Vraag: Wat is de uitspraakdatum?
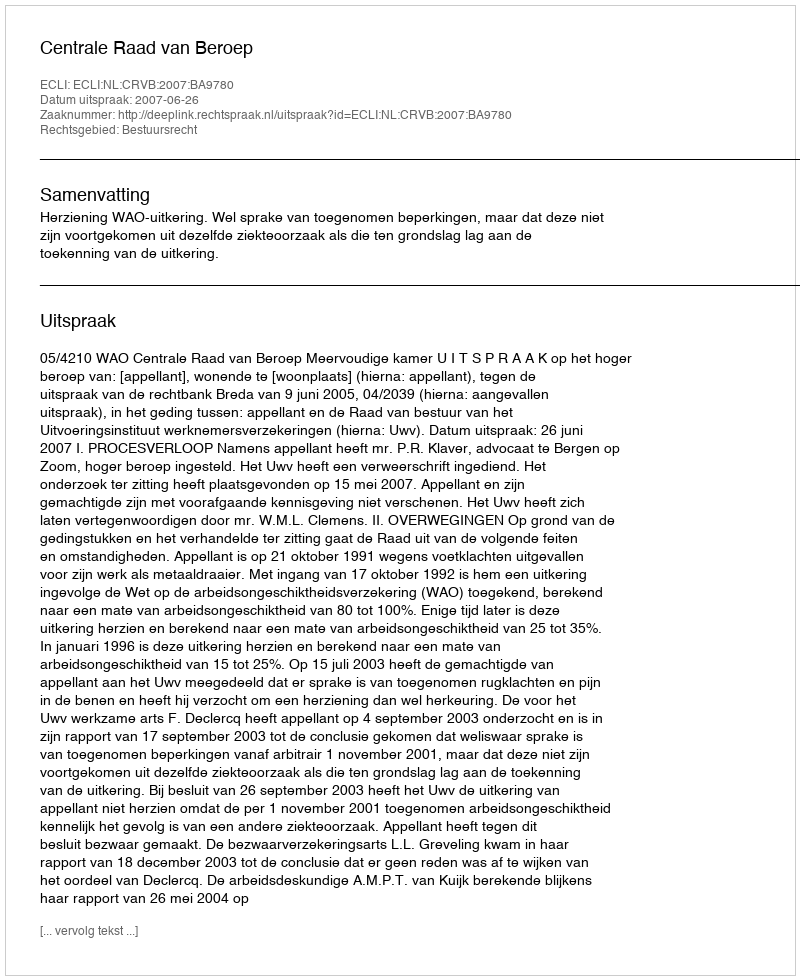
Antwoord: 2007-06-26